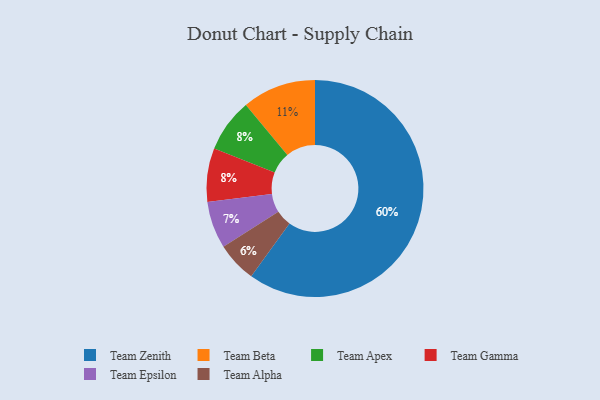
{"axis": {"x": "Category", "y": "Percentage"}, "legend": ["Team Alpha", "Team Apex", "Team Beta", "Team Epsilon", "Team Gamma", "Team Zenith"], "data": [{"x": "Team Beta", "y": 11, "type": "Team Beta"}, {"x": "Team Alpha", "y": 6, "type": "Team Alpha"}, {"x": "Team Zenith", "y": 60, "type": "Team Zenith"}, {"x": "Team Epsilon", "y": 7, "type": "Team Epsilon"}, {"x": "Team Apex", "y": 8, "type": "Team Apex"}, {"x": "Team Gamma", "y": 8, "type": "Team Gamma"}]}